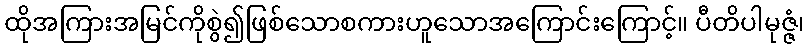
ထိုအကြားအမြင်ကိုစွဲ၍ဖြစ်သောစကားဟူသောအကြောင်းကြောင့်။ ပီတိပါမုဇ္ဇံ၊